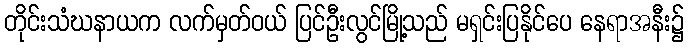
တိုင်းသံဃနာယက လက်မှတ်ဝယ် ပြင်ဦးလွင်မြို့သည် မရှင်းပြနိုင်ပေ နေရာအနီး၌